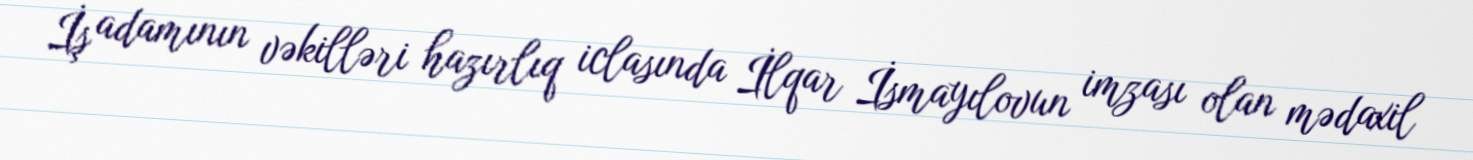
İş adamının vəkilləri hazırlıq iclasında İlqar İsmayılovun imzası olan mədaxil